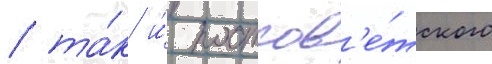
/ та́к и́ постсов'е́тского